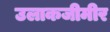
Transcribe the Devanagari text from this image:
उलाकजीमीर